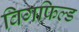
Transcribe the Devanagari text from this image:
विगफिल्ड